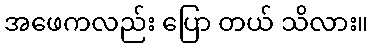
အဖေကလည်း ပြော တယ် သိလား။